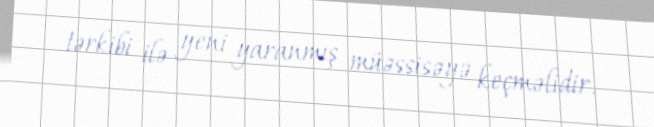
tərkibi ilə yeni yaranmış müəssisəyə keçməlidir.